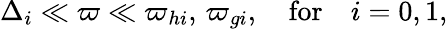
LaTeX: \Delta_{i}\ll\varpi\ll\varpi_{hi},\, \varpi_{gi},\quad\textrm{for}\quad i=0,1,